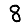
Digit: 8